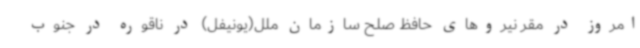
امروز در مقر نیروهای حافظ صلح سازمان ملل(یونیفل) در ناقوره در جنوب